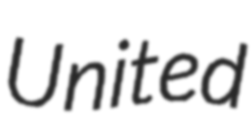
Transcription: United